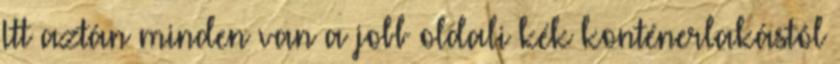
Itt aztán minden van a jobb oldali kék konténerlakástól